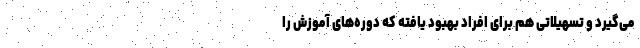
می‌گیرد و تسهیلاتی هم برای افراد بهبود یافته که دوره‌های آموزش را